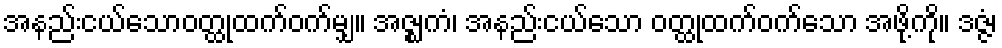
အနည်းငယ်သောဝတ္ထုထက်ဝက်မျှ။ အဇ္ဈကံ၊ အနည်းငယ်သော ဝတ္ထုထက်ဝက်သော အဖို့ကို။ ဒဇ္ဇံ၊